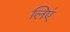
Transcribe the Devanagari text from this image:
लिएं